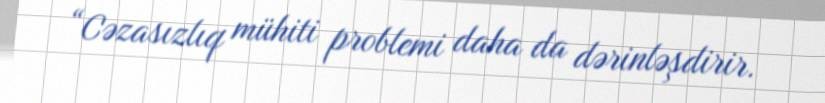
“Cəzasızlıq mühiti problemi daha da dərinləşdirir.